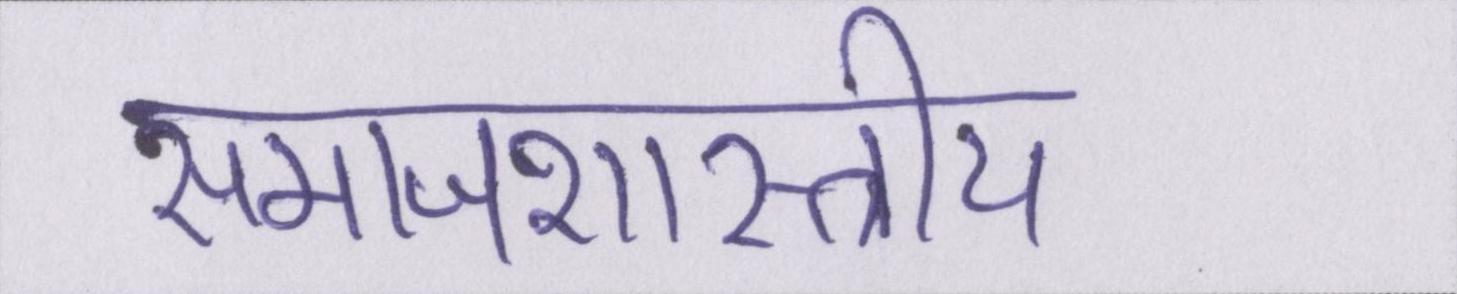
समाजशास्त्राीय